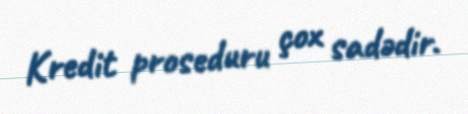
Kredit proseduru çox sadədir.